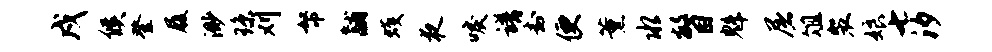
戍候登履渺琼刈帑黼蠖夜唳谱封便薰水瞥魁屠俎裴娘七汐